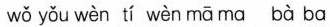
wǒ yǒu wèn tí wèn mā ma bà ba